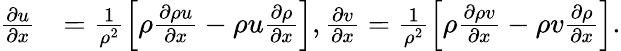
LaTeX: \begin{array}{rl}{\frac{\partial u}{\partial x}}&{=\frac{1}{{\rho}^{2}}\left[{\rho}\frac{\partial\rho u}{\partial x}-{\rho}{u}\frac{\partial\rho}{\partial x}\right],\frac{\partial v}{\partial x}=\frac{1}{{\rho}^{2}}\left[{\rho}\frac{\partial\rho v}{\partial x}-{\rho}{v}\frac{\partial\rho}{\partial x}\right].}\end{array}